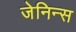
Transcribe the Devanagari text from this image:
जेनिन्स